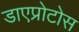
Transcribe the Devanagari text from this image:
डाएप्रोटोस